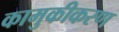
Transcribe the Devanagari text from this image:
कामुकीकरण